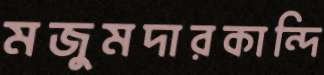
মজুমদারকান্দি